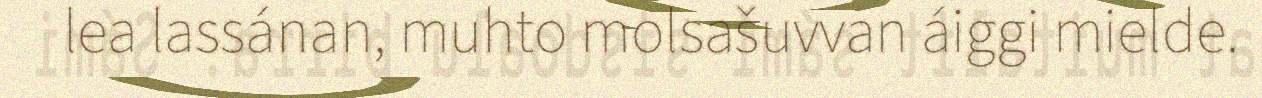
lea lassánan, muhto molsašuvvan áiggi mielde.